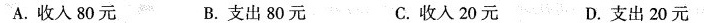
A.收入80元 B.支出80元 C.收人20元 D.支出20元